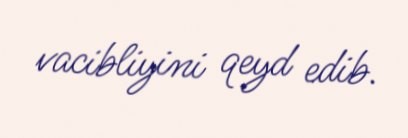
vacibliyini qeyd edib.